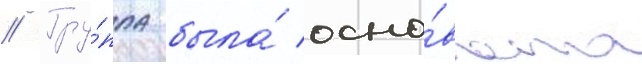
// Гру́ппа была́ осно́вана